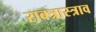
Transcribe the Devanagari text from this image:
राक्त्रास्त्राव